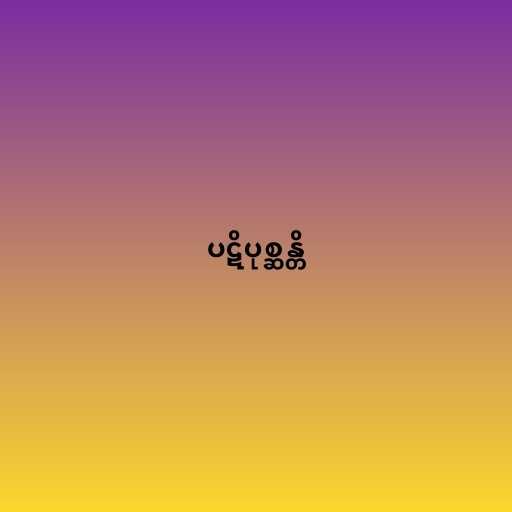
ပဋိပုစ္ဆန္တိ